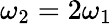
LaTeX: \omega_{2}=2\omega_{1}